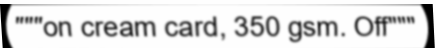
"""on cream card, 350 gsm. Off"""